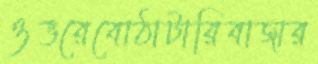
ওভরেবোঠাটারিবাজার